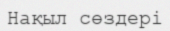
Нақыл сөздері